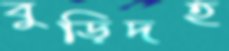
বুড়িদহ